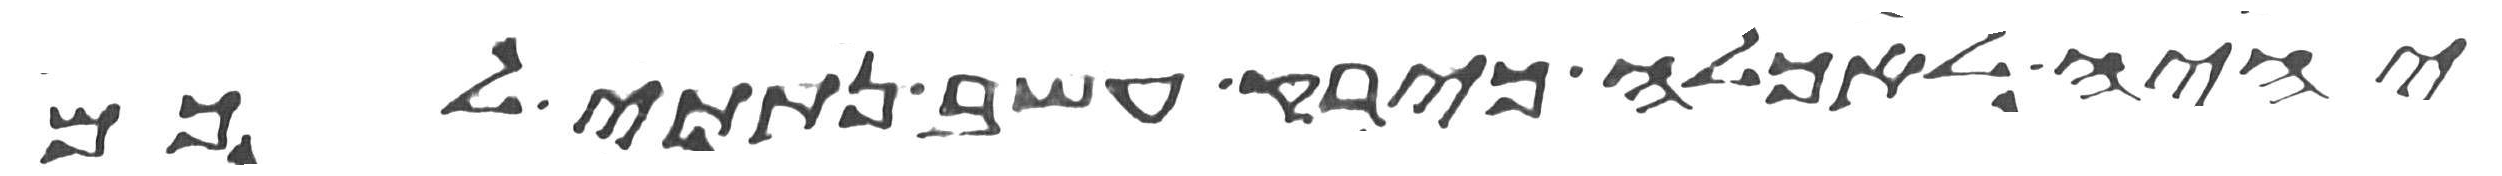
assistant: יהיה לאכלה כירק עשב נתתי לכם